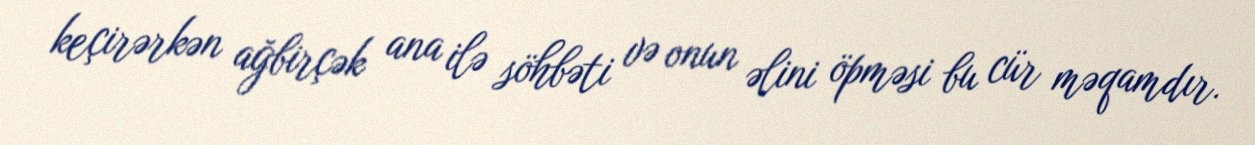
keçirərkən ağbirçək ana ilə söhbəti və onun əlini öpməsi bu cür məqamdır.